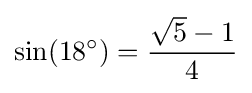
\sin(18^{\circ })={\frac {{\sqrt {5}}-1}{4}}